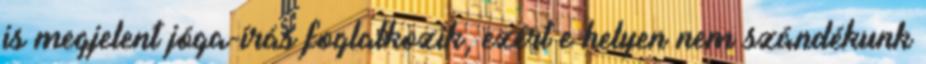
is megjelent jóga-írás foglalkozik, ezért e helyen nem szándékunk